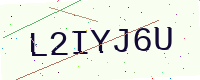
Text: L2IYJ6U